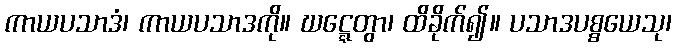
ကာယပသာဒံ၊ ကာယပသာဒကို။ ဃဋ္ဋေတွာ၊ ထိခိုက်၍။ ပသာဒပစ္စယေသု၊